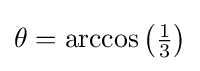
{\textstyle \theta =\arccos \left({\frac {1}{3}}\right)}